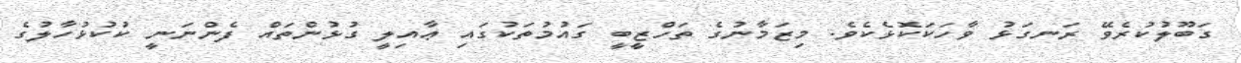
ގަބޫލުކުރެވޭ ރަނގަޅު ވާހަކަކޮޅެކެވެ. މިޒަމާނުގެ ތަހްޒީބީ ގައުމުތަކުގައި ޢާއިލީ ގުޅުންތައް ފެންނަނީ ކުކުޅުހާލުގެ